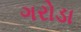
ગરોડા